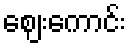
ဈေးကောင်း